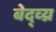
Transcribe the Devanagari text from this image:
बेद्व्य्र